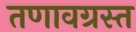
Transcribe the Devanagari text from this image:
तणावग्रस्त